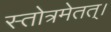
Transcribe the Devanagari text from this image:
स्तोत्रमेतत्।